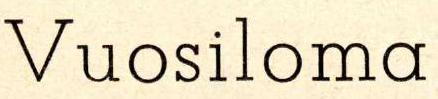
Vuosiloma